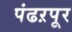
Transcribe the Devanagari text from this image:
पंढऱपूर